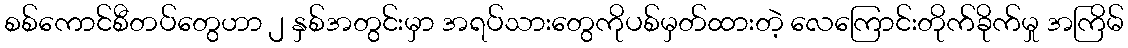
စစ်ကောင်စီတပ်တွေဟာ ၂ နှစ်အတွင်းမှာ အရပ်သားတွေကိုပစ်မှတ်ထားတဲ့ လေကြောင်းတိုက်ခိုက်မှု အကြိမ်